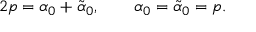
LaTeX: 2 p = \alpha _ { 0 } + \tilde { \alpha } _ { 0 } , ~ ~ ~ ~ ~ ~ \alpha _ { 0 } = \tilde { \alpha } _ { 0 } = p .